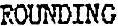
ROUNDING